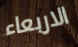
الاربعاء